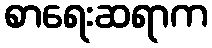
စာရေးဆရာက